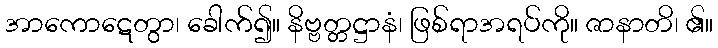
အာကောဋေတွာ၊ ခေါက်၍။ နိဗ္ဗတ္တဋ္ဌာနံ၊ ဖြစ်ရာအရပ်ကို။ ဇာနာတိ၊ ၏။